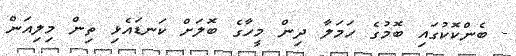
- ބެންކޮކުގައި ބޮމުގެ ހަމަލާ ދިން މީހާގެ ބޮލަށް ކަނޑައެޅި ތިން މިލިއަން